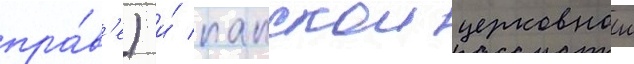
пра́в'е) и́ папскои церковнои